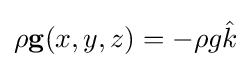
\rho \mathbf {g} (x,y,z)=-\rho g{\hat {k}}